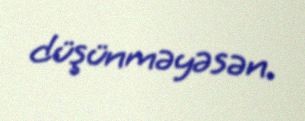
düşünməyəsən.